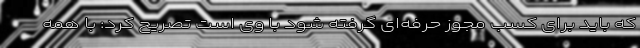
که باید برای کسب مجوز حرفه‌ای گرفته شود با وی است تصریح کرد: با همه